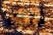
تلك